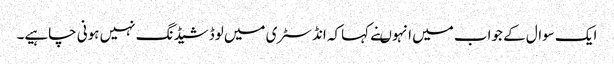
ایک سوال کے جواب میں انہوںنے کہاکہ انڈسٹری میں لوڈشیڈنگ نہیں ہونی چاہیے۔